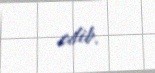
edib.